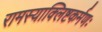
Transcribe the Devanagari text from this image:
रामस्याक्लिष्टकर्मणः